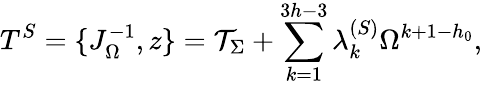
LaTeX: T^{S}=\{ J_{\Omega}^{-1},z\} ={\cal T}_{\Sigma}+\sum_{k=1}^{3h-3}\lambda_{k}^{(S)}\Omega^{k+1-h_{0}},